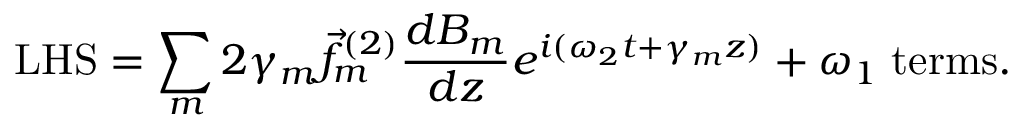
\mathrm { L H S } = \sum _ { m } 2 \gamma _ { m } \vec { f } _ { m } ^ { ( 2 ) } \frac { d B _ { m } } { d z } e ^ { i ( \omega _ { 2 } t + \gamma _ { m } z ) } + \omega _ { 1 } \; \mathrm { { t e r m s } . }